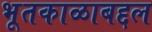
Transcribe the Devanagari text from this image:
भूतकाळाबद्दल